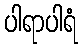
ပါရာပါရံ